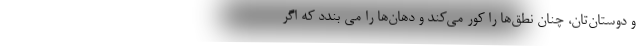
و دوستان‌تان، چنان نطق‌ها را کور می‌کند و دهان‌ها را می بندد که اگر